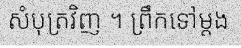
សំបុត្រវិញ ។ ព្រឹកទៅម្តង